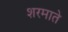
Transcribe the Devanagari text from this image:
शरमाते